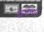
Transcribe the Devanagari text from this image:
देस्चेम्प्स